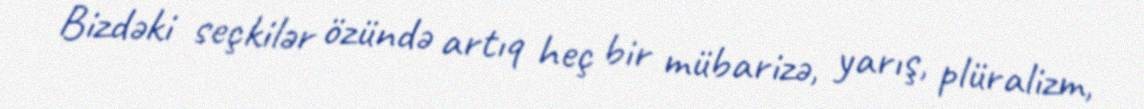
Bizdəki seçkilər özündə artıq heç bir mübarizə, yarış, plüralizm,